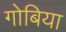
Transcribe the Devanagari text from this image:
गोबिया